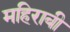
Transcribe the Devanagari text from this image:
महिराबी